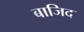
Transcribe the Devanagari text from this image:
बाजिद